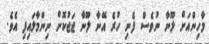
މާހިންއަށް ލޫނާ ނުވެސް ފެނި ހުރެ އޭނާ ލޫނާ ޖަޖުކޮށް ނިންމާލައިފި އެވެ.